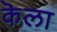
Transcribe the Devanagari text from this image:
कॆला